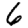
Digit: 6